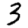
Digit: 3